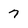
Character: 7